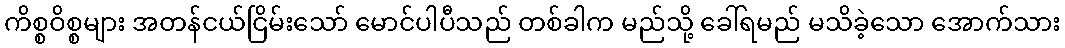
ကိစ္စဝိစ္စများ အတန်ငယ်ငြိမ်းသော် မောင်ပါပီသည် တစ်ခါက မည်သို့ ခေါ်ရမည် မသိခဲ့သော အောက်သား